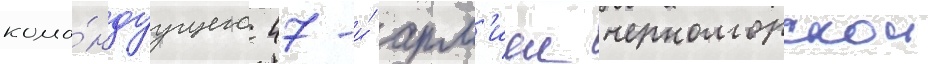
кома́ндуущего 47-и́ арм'иеи черноморскои